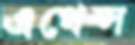
এথেন্স